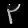
Digit: ၃